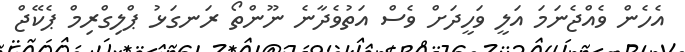
އެހެން ވެއްޖެނަމަ އަލީ ވަހީދަށް ވެސް އަތުވެދާނެ ނޫންތޯ ރަނގަޅު ޕްލިގްރިމް ޕެކޭޖް